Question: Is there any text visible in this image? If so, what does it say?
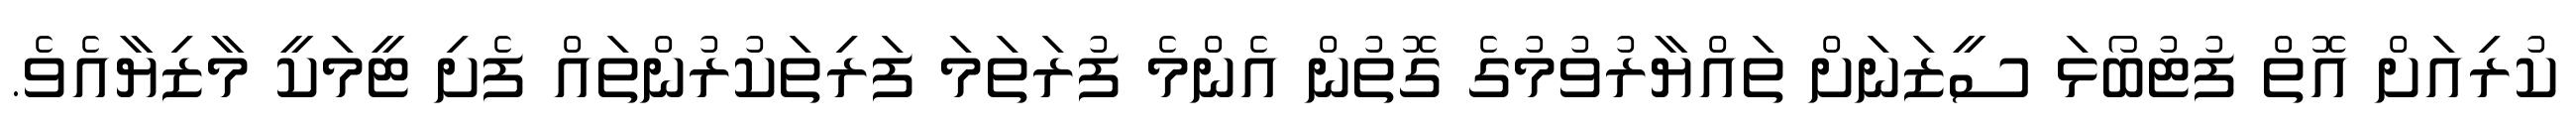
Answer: ކުރިއަށް އޮތް ފުޓުބޯޅަ ސީޒަނަށް ތައްޔާރުވުމުގެ ގޮތުން އެންމެ ފުރަތަމަ ފަރިތަކުރުންތައް ފެށި ޓީމަކީ މާޒިޔާއެވެ.